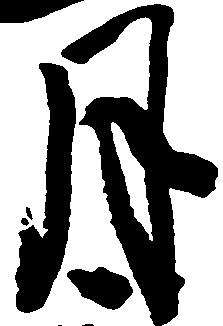
月